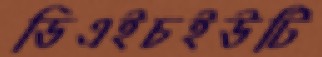
ডিএইচইউটি